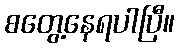
စတွေ့နေရပါပြီ။